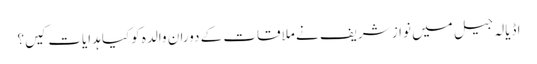
اڈیالہ جیل میں نواز شریف نے ملاقات کے دوران والدہ کوکیا ہدایات کیں؟